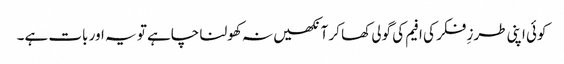
کوئی اپنی طرزِ فکر کی افیم کی گولی کھا کر آنکھیں نہ کھولنا چاہے تو یہ اور بات ہے۔